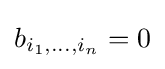
b_{i_{1},\ldots ,i_{n}}=0